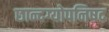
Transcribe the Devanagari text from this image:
छान्दग्योपनिषद